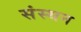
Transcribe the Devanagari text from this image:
संस्थन